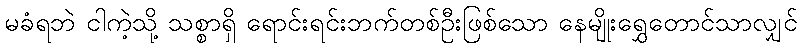
မခံရဘဲ ငါကဲ့သို့ သစ္စာရှိ ရောင်းရင်းဘက်တစ်ဦးဖြစ်သော နေမျိုးရွှေတောင်သာလျှင်